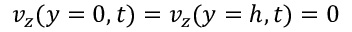
v _ { z } ( y = 0 , t ) = v _ { z } ( y = h , t ) = 0